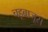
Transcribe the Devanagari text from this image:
चहूबाजूस